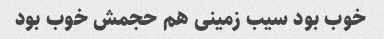
خوب بود سیب زمینی هم حجمش خوب بود